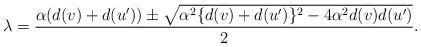
LaTeX: \begin{align*}\lambda=\dfrac{\alpha (d(v)+d(u')) \pm \sqrt{\alpha^2 \{d(v)+d(u')\}^2-4 \alpha^2d(v)d(u')}}{2}.\end{align*}